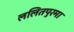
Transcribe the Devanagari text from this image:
ललितपुरमा